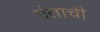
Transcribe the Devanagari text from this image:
पंतांची